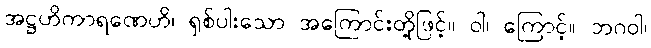
အဋ္ဌဟိကာရဏေဟိ၊ ရှစ်ပါးသော အကြောင်းတို့ဖြင့်။ ဝါ၊ ကြောင့်။ ဘဂဝါ၊